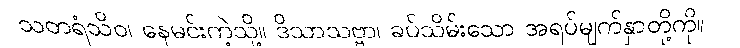
သတရံသိဝ၊ နေမင်းကဲ့သို့။ ဒိသာသဗ္ဗာ၊ ခပ်သိမ်းသော အရပ်မျက်နှာတို့ကို။